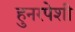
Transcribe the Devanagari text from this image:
हुनरपेशी